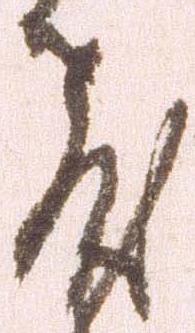
教